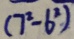
( 7 ^ { 2 } - 6 ^ { 2 } )